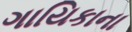
ગાયિકાના